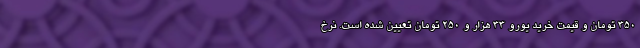
350 تومان و قیمت خرید یورو 33 هزار و 250 تومان تعیین شده است. نرخ